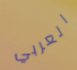
العربي